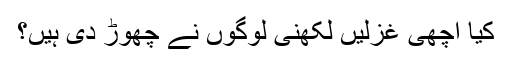
کیا اچھی غزلیں لکھنی لوگوں نے چھوڑ دی ہیں؟